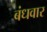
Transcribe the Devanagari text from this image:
बंधवार